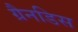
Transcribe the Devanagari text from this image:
ग्रैनडिस